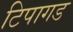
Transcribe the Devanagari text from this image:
टिपागड